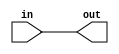
module pc
(
	input in,
	output reg out
);

always
begin
  out = in;
end

endmodule